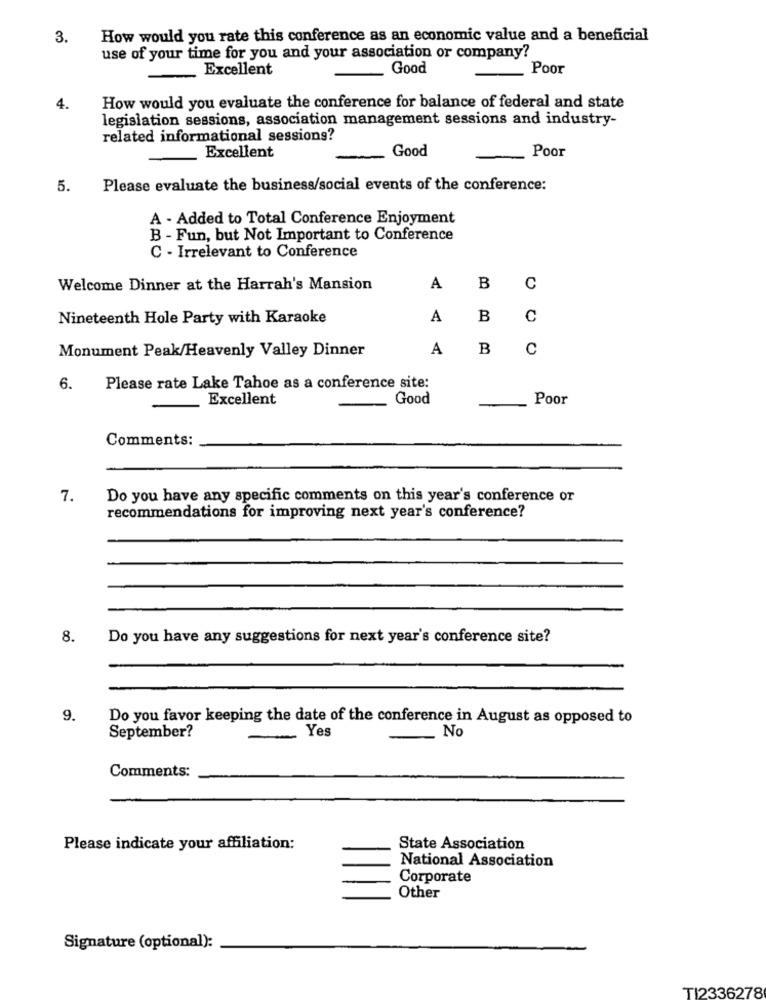
3.
How would you rate this conference as an economic value and a beneficial
use of your time for you and your association or company?
Excellent
Good
Poor
4.
How would you evaluate the conference for balance of federal and state
legislation sessions, association management sessions and industry-
related informational sessions?
Good
Excellent
-
-
Poor
5.
Please evaluate the business/social events of the conference:
A - Added to Total Conference Enjoyment
B - Fun, but Not Important to Conference
C - Irrelevant to Conference
Welcome Dinner at the Harrah's Mansion
A
B
C
Nineteenth Hole Party with Karaoke
A
B
C
Monument Peak/Heavenly Valley Dinner
A
B
C
6.
Please rate Lake Tahoe as a conference site:
Excellent
Good
Poor
Comments:
7.
Do you have any specific comments on this year's conference or
recommendations for improving next year's conference?
8.
Do you have any suggestions for next year's conference site?
9.
Do you favor keeping the date of the conference in August as opposed to
September?
Yes
No
Comments:
Please indicate your affiliation:
State Association
National Association
Corporate
Other
Signature (optional):
TI2336278